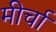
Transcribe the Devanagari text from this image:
मीर्चा